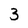
Character: 3